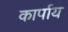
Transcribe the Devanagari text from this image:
कार्पाय